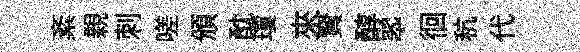
紊親刺嗟頒酖瓊來賢醇翆徊秔代